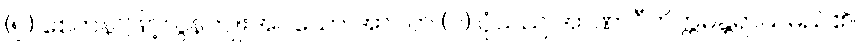
(၅) စေတနာဖြင့်လွန်ကျူးအပ်သော အာပတ် (၇) ပုံသည် အာဏာဝီကိက္ကမန္တရာယ်မည်၏။